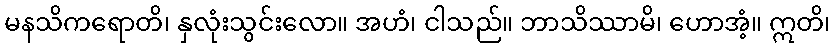
မနသိကရောတိ၊ နှလုံးသွင်းလော။ အဟံ၊ ငါသည်။ ဘာသိဿာမိ၊ ဟောအံ့။ ဣတိ၊